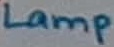
Text: Lamp